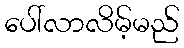
ပေါ်လာလိမ့်မည်